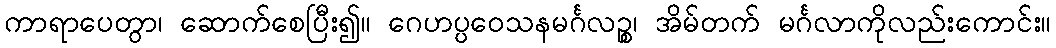
ကာရာပေတွာ၊ ဆောက်စေပြီး၍။ ဂေဟပ္ပဝေသနမင်္ဂလဉ္စ၊ အိမ်တက် မင်္ဂလာကိုလည်းကောင်း။